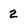
Character: 2